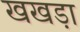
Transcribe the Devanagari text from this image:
खखड़ा